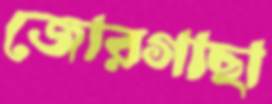
জোরগাছা